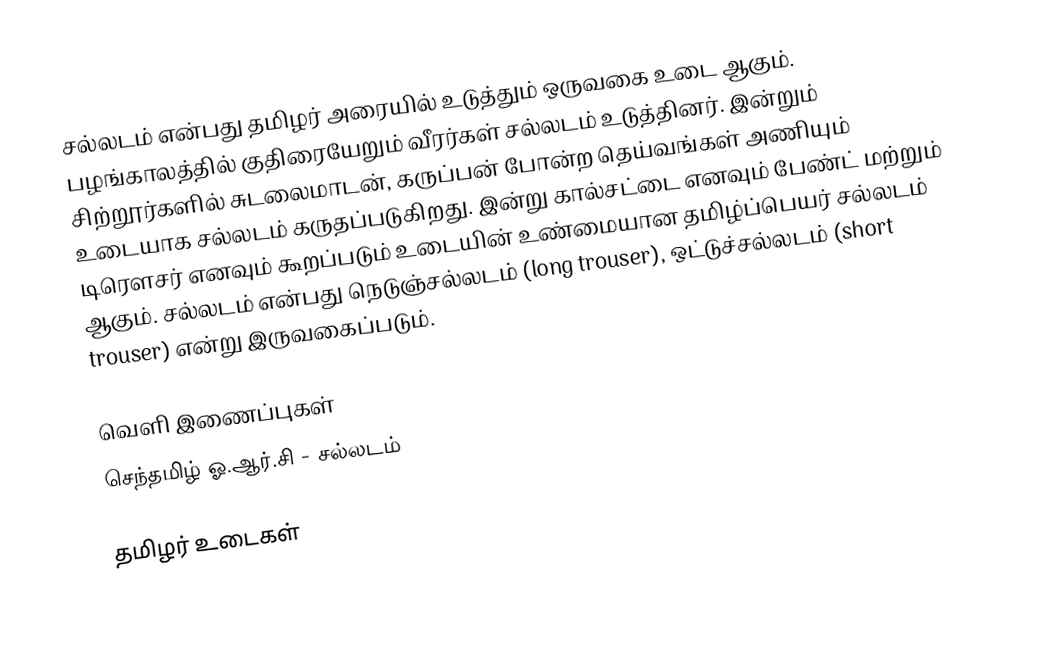
சல்லடம் என்பது தமிழர் அரையில் உடுத்தும் ஒருவகை உடை ஆகும். பழங்காலத்தில் குதிரையேறும் வீரர்கள் சல்லடம் உடுத்தினர். இன்றும் சிற்றூர்களில் சுடலைமாடன், கருப்பன் போன்ற தெய்வங்கள் அணியும் உடையாக சல்லடம் கருதப்படுகிறது. இன்று கால்சட்டை எனவும் பேண்ட் மற்றும் டிரௌசர் எனவும் கூறப்படும் உடையின் உண்மையான தமிழ்ப்பெயர் சல்லடம் ஆகும். சல்லடம் என்பது நெடுஞ்சல்லடம் (long trouser), ஒட்டுச்சல்லடம் (short trouser) என்று இருவகைப்படும்.

வெளி இணைப்புகள்
செந்தமிழ் ஓ.ஆர்.சி - சல்லடம்

தமிழர் உடைகள்